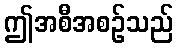
ဤအစီအစဉ်သည်